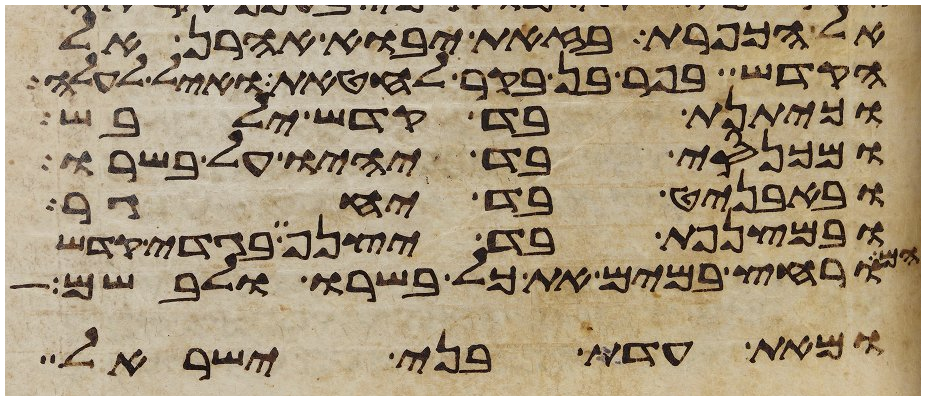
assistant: אל הכפרת בזאת יבוא אהרן אל
הקדש בפר בן בקר לחטאת ואיל לעלה
וכיתנת בד קדש ילבש
ומכנסי בד יהיו על בשרו
ובאבניט בד יחגר
ובמצנפת בד יצנף בגדי קדש
הם
ורחץ במים את כל בשרו ולבשם
ומאת עדת בני ישראל